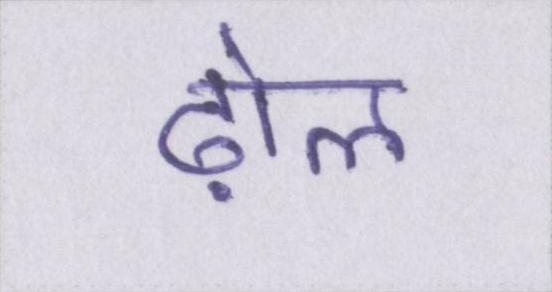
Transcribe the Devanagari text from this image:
ढ़ोल